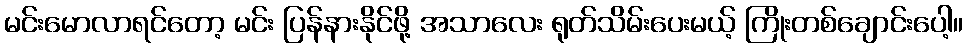
မင်းမောလာရင်တော့ မင်း ပြန်နားနိုင်ဖို့ အသာလေး ရုတ်သိမ်းပေးမယ့် ကြိုးတစ်ချောင်းပေါ့။